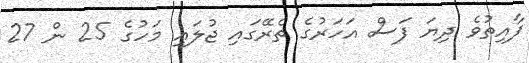
ފާއިތުވެ ދިޔަ ފަސް އަހަރުގެ ތެރޭގައި ޖުލައި މަހުގެ 25 ން 27